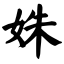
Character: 姝